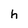
Character: h